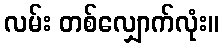
လမ်း တစ်လျှောက်လုံး။